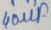
Text: 40µF